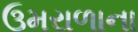
ઉમરાળાના